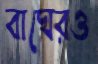
বাঘেরও